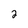
Character: 2